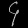
Digit: ၄